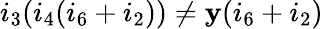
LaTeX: i_{3}(i_{4}(i_{6}+i_{2}))\neq\mathbf{y}(i_{6}+i_{2})